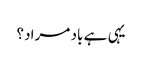
یہی ہے باد مراد؟